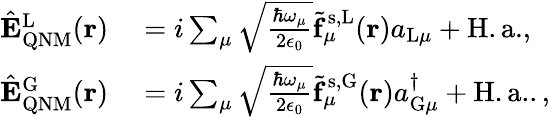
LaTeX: \begin{array}{rl}{\hat{\mathbf{E}}_{\mathrm{QNM}}^{\mathrm{L}}(\mathbf{r})}&{{}=i\sum_{\mu}\sqrt{\frac{\hbar\omega_{\mu}}{2\epsilon_{0}}}\tilde{\mathbf{f}}_{\mu}^{\mathrm{s,L}}(\mathbf{r})a_{\mathrm{L}\mu}+\mathrm{H.a.},}\\ {\hat{\mathbf{E}}_{\mathrm{QNM}}^{\mathrm{G}}(\mathbf{r})}&{{}=i\sum_{\mu}\sqrt{\frac{\hbar\omega_{\mu}}{2\epsilon_{0}}}\tilde{\mathbf{f}}_{\mu}^{\mathrm{s,G}}(\mathbf{r})a_{\mathrm{G}\mu}^{\dagger}+\mathrm{H.a.}.,}\end{array}